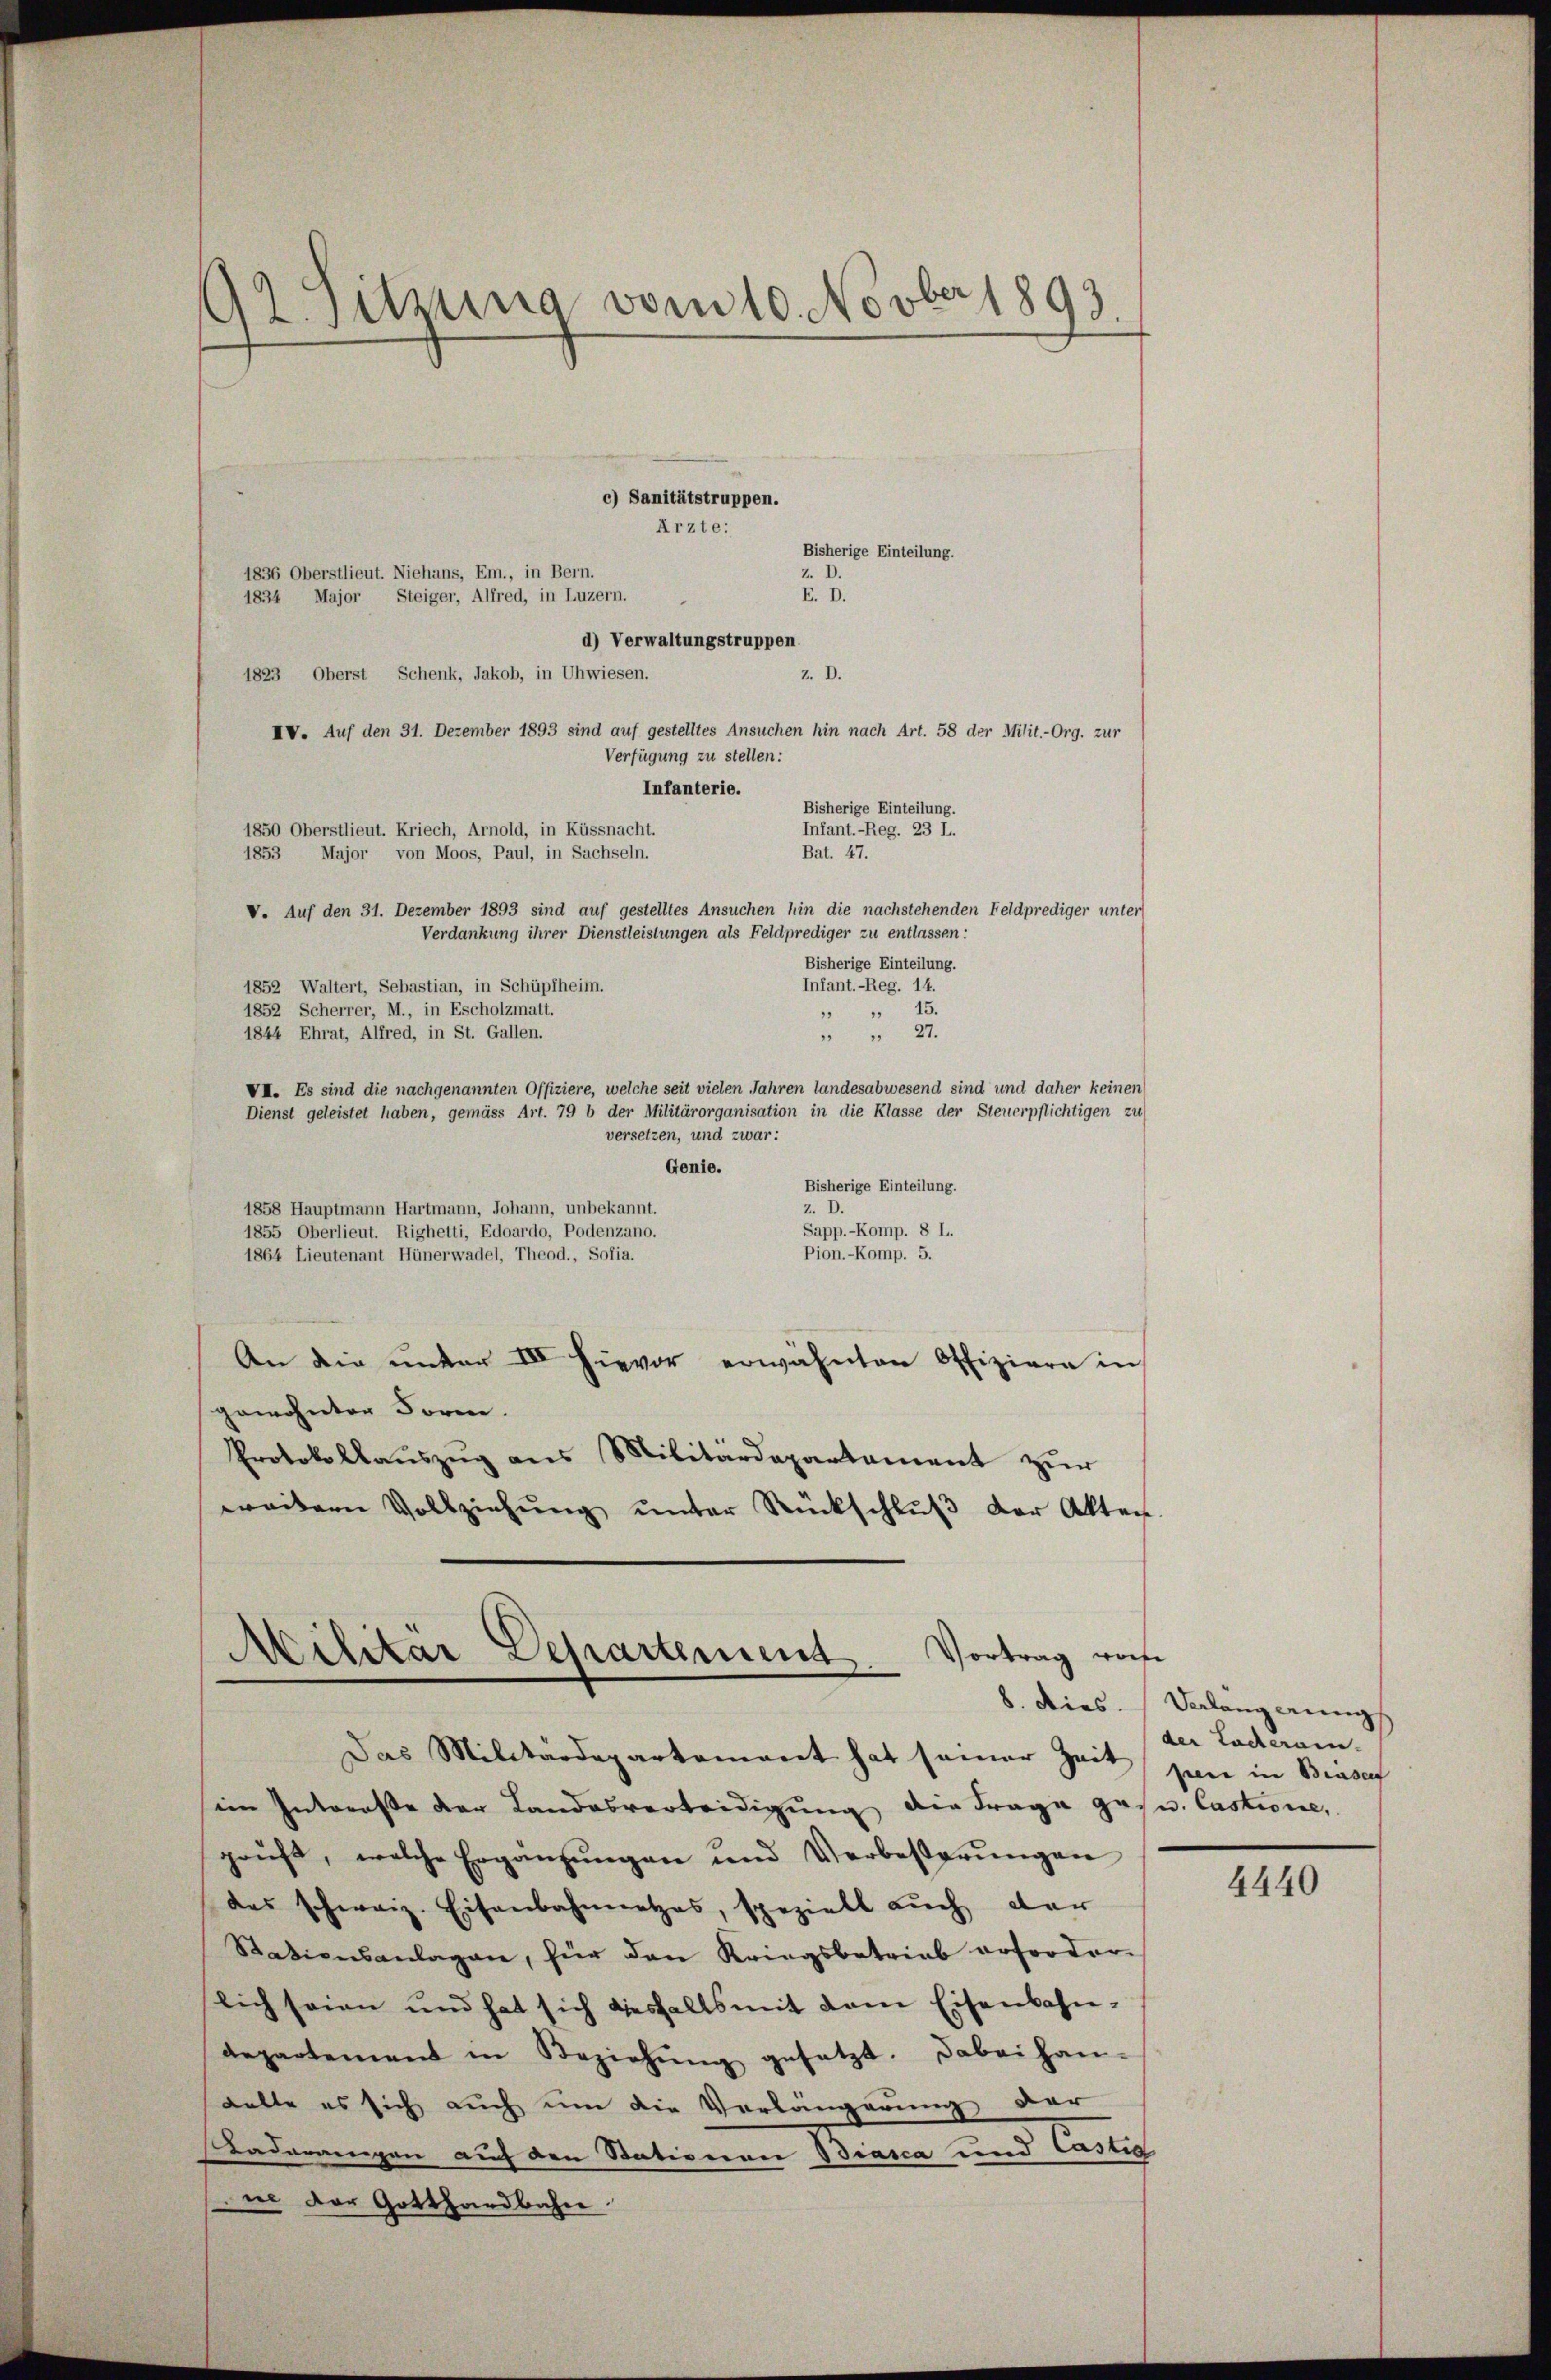
42. Sitzung vom 10. Novber 1893.

c) Sanitätstruppen.
Ärzte:
Bisherige Einteilung.
1836 Oberstlieut. Niehans, Em., in Bern.
Z. D.
1834 Major Steiger, Alfred, in Luzern.
E. D.
d) Verwaltungstruppen
1823 Oberst Schenk, Jakob, in Uhwiesen.
Z. D.
IV. Auf den 31. Dezember 1893 sind auf gestelltes Ansuchen hin nach Art. 58 der Milit.-Org. zur
Verfügung zu stellen:
Infanterie.
Bisherige Einteilung.
1850 Oberstlieut. Kriech, Arnold, in Küssnacht.
Infant.-Reg. 23 L.
1853 Major von Moos, Paul, in Sachseln.
Bat. 47.
V. Auf den 31. Dezember 1893 sind auf gestelltes Ansuchen hin die nachstehenden Feldprediger unter
Verdankung ihrer Dienstleistungen als Feldprediger zu entlassen:
Bisherige Einteilung.
Infant.-Reg. 14.
1852 Waltert, Sebastian, in Schüpfheim.
1852 Scherrer, M., in Escholzmatt.
 " 15.
1844 Ehrat, Alfred, in St. Gallen.
" " 27.
VII. Es sind die nachgenannten Offiziere, welche seit vielen Jahren landesabwesend sind und daher keinen
Dienst geleistet haben, gemäss Art. 79 b der Militärorganisation in die Klasse der Steuerpflichtigen zu
versetzen, und zwar:
Genie.
Bisherige Einteilung.
Z. D.
1858 Hauptmann Hartmann, Johann, unbekannt.
Sapp.-Komp. 8 L.
1855 Oberlieut. Righetti, Edoardo, Podenzano.
Pion.-Komp. 5.
1864 Lieutenant Hünerwadel, Theod., Sofia.
An die ŭnter III hievor erwähnten Offiziere in
gewohnten Form.
Protokollaŭszŭg ans Militärdepartament zŭr
weitern Vollziehŭng ŭnter Rückschlŭβ der Akten.

Militar Departement Vortrag von

Das Militärdepartement hat seiner Zeit pen in Brasc
im Interesse der Landesvertredigung die Frage ges. Castione,
prüft, welche Ergänzŭngen und Verbesserŭngen
das schweiz. Eisenbahnnetzes, spezielt aŭch dar
Stationsanlagen, für den Kriegsbetrieb erforderlich seien und hat sich diesfalls mit dem Eisenbahn-
departement in Beziehŭng gesetzt. Dabei han-
Kelte es sich auch um die Verlängerung der
Baderangen auf den Stationen Biasca und Castia
ie der Gotthardbahn.

8. dies. Verlangerung
der Tochteram

4440